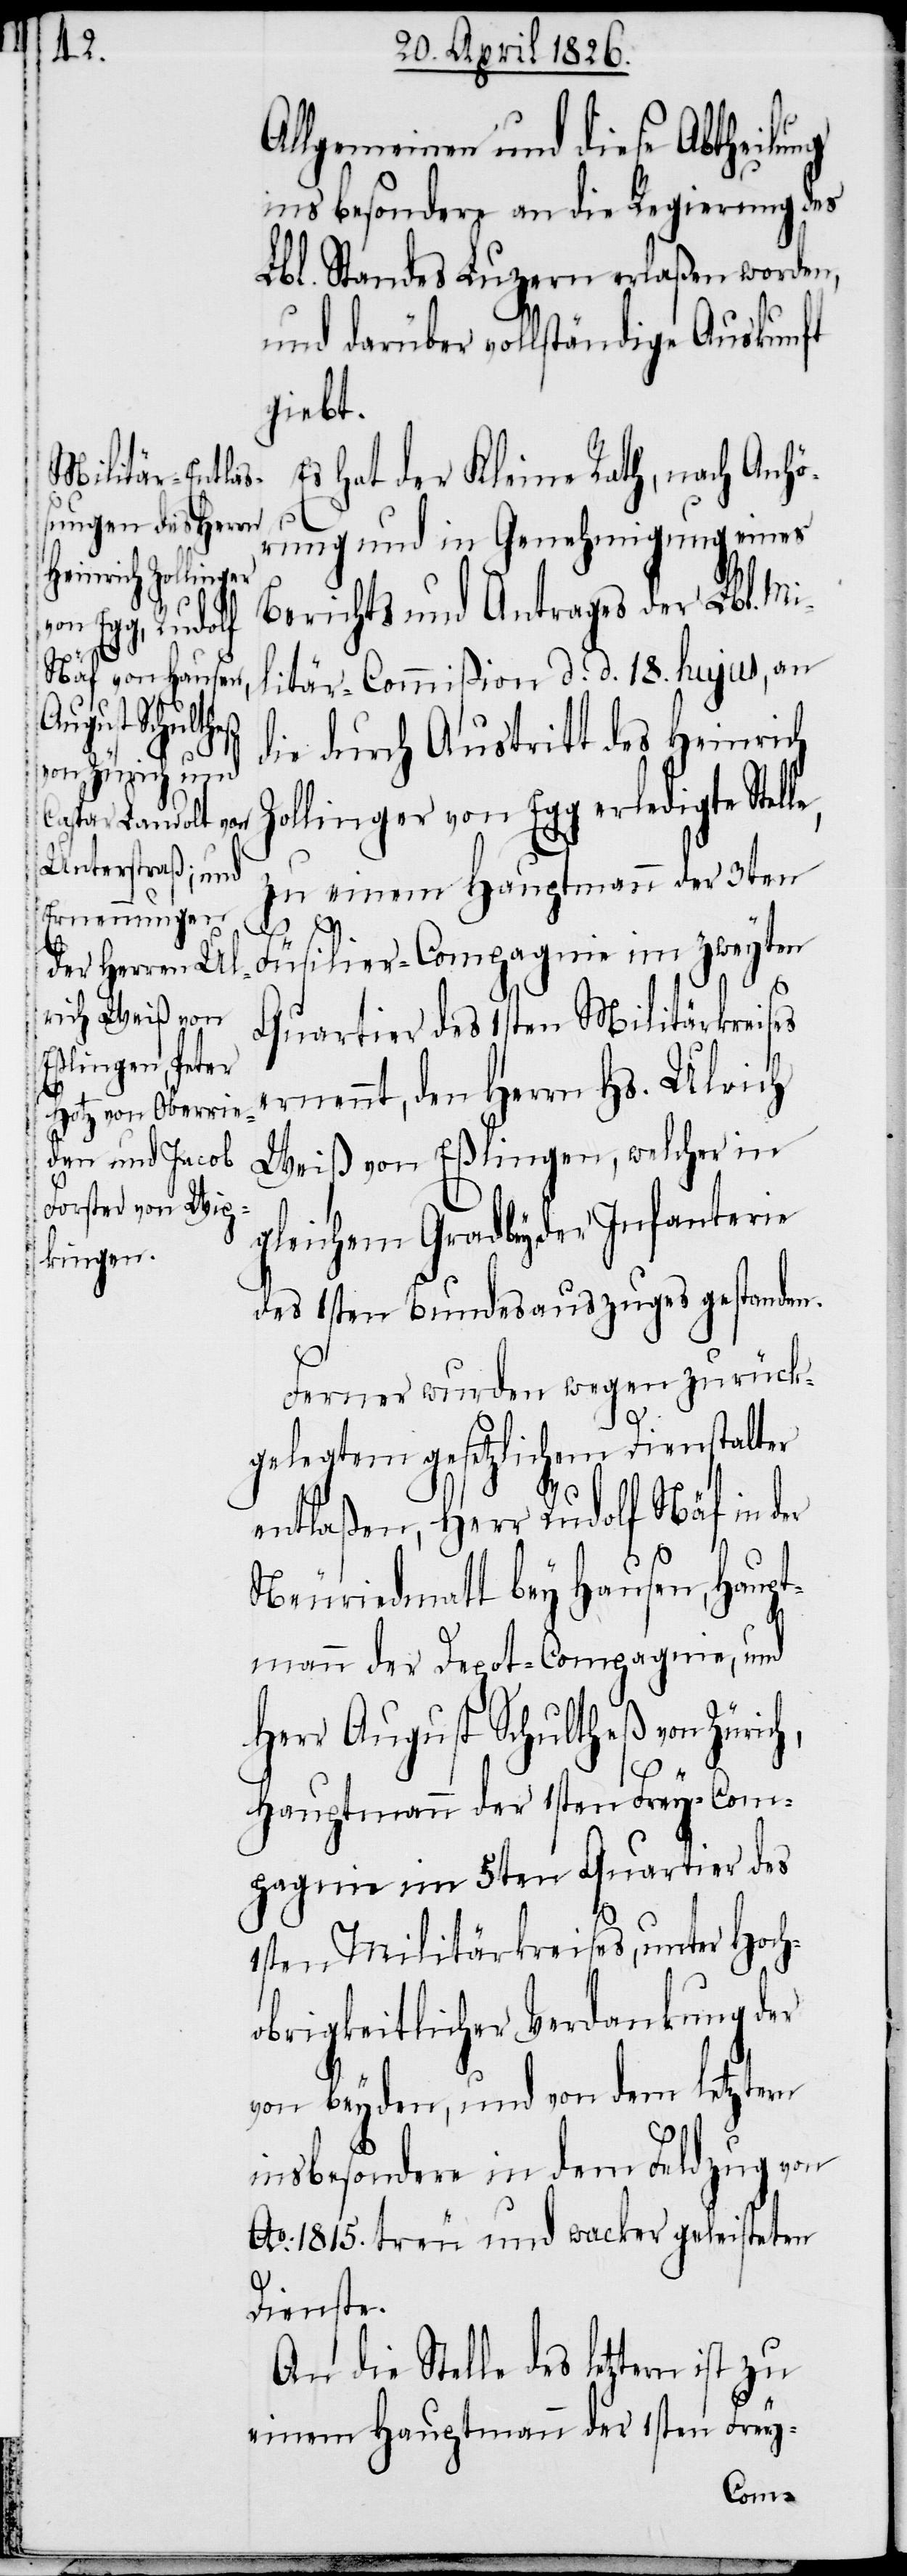
Allgemeinen und diese Abtheilung
ins besondere an die Regierung des
Lbl. Standes Luzern erlaßen worden,
und darüber vollständige Auskunft
giebt.
Es hat der Kleine Rath, nach Anhö¬
rung und in Genehmigung eines
Berichts und Antrages der Lbl. Mi¬
litär-Commißion d. d. 18. hujus, an
die durch Austritt des Heinrich
ollinger von Egg erledigte Stel¬
zu einem Hauptmann der 3ten
le,
Füsilier-Compagnie im zweyten
Quartier des 1sten Militärkreises
ernennt, den Herrn Hs. Ulrich
Weiß von Eßlingen, welcher in
gleichem Grad bey der Infanterie
des 1sten Bundesauszuges gestanden.
Ferner wurden wegen zurück¬
gelegtem gesetzlichem Dienstalter
entlaßen, Herr Rudolf Näf in der
Neuriedmatt bey Hausen, Haupt¬
Z¬
mann der Depot-Compagnie, und
Herr August Schultheß von Zürich,
Hauptmann der 1sten Frey-Com¬
pagnie im 5ten Quartier des
1sten Militärkreises, unter Hoch¬
obrigkeitlicher Verdankung der
von beyden, und von dem letztern
insbesondere in dem Feldzug von
Ao. 1815. treu und wacker geleisteten
Dienste.
An die Stelle des letztern ist
einem Hauptmann der 1sten Frey-